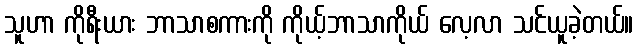
သူဟာ ကိုရီးယား ဘာသာစကားကို ကိုယ့်ဘာသာကိုယ် လေ့လာ သင်ယူခဲ့တယ်။